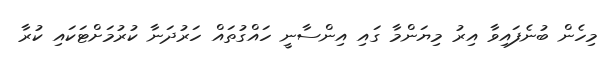
މިހެން ބުނެފައިވާ އިރު މިޔަންމާ ގައި އިންސާނީ ހައްގުތައް ހަރުދަނާ ކުރުމަށްޓަކައި ކުރާ